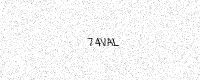
Text: 74VAL